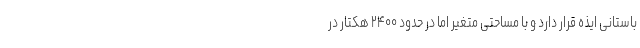
باستانی ایذه قرار دارد و با مساحتی متغیر اما در حدود ۲۴۰۰ هکتار در